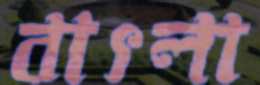
বাৎলা